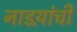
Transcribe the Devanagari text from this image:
नाडय़ांची